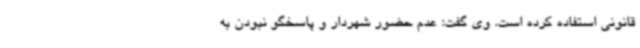
قانونی استفاده کرده است. وی گفت: عدم حضور شهردار و پاسخگو نبودن به